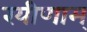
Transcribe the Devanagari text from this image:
रयीणाम्